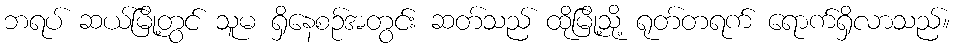
ဘရပ် ဆယ်မြို့တွင် သူမ ရှိနေစဉ်အတွင်း ဆတ်သည် ထိုမြို့သို့ ရုတ်တရက် ရောက်ရှိလာသည်။